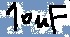
Text: 10uF